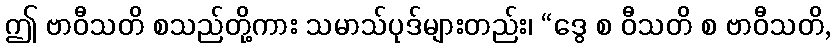
ဤ ဗာဝီသတိ စသည်တို့ကား သမာသ်ပုဒ်များတည်း၊ “ဒွေ စ ဝီသတိ စ ဗာဝီသတိ,